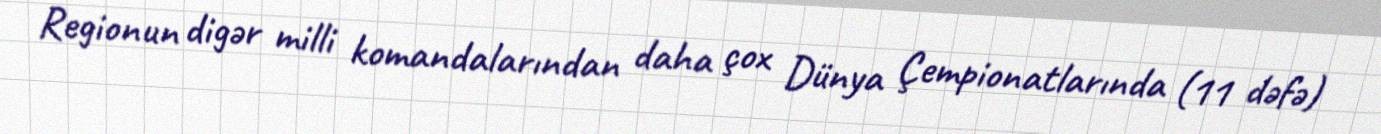
Regionun digər milli komandalarından daha çox Dünya Çempionatlarında (11 dəfə)